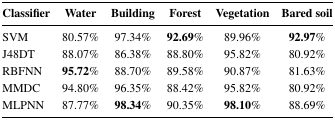
| Classifier | Water | Building | Forest | Vegetation | Bared soil |
 | --- | --- | --- | --- | --- | --- |
 | SVM | 80.57% | 97.34% | 92.69% | 89.96% | 92.97% |
 | J48DT | 88.07% | 86.38% | 88.80% | 95.82% | 80.92% |
 | RBFNN | 95.72% | 88.70% | 89.58% | 90.87% | 81.63% |
 | MMDC | 94.80% | 96.35% | 88.42% | 95.82% | 80.92% |
 | MLPNN | 87.77% | 98.34% | 90.35% | 98.10% | 88.69% |